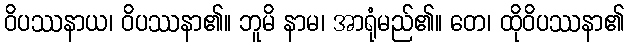
ဝိပဿနာယ၊ ဝိပဿနာ၏။ ဘူမိ နာမ၊ အာရုံမည်၏။ တေ၊ ထိုဝိပဿနာ၏